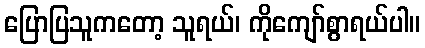
ပြောပြသူကတော့ သူရယ်၊ ကိုကျော်စွာရယ်ပါ။